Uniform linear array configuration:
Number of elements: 48
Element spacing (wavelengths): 0.25
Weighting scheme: hamming
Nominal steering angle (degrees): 60
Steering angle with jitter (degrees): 58.441
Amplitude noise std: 0.05
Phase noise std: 0.05

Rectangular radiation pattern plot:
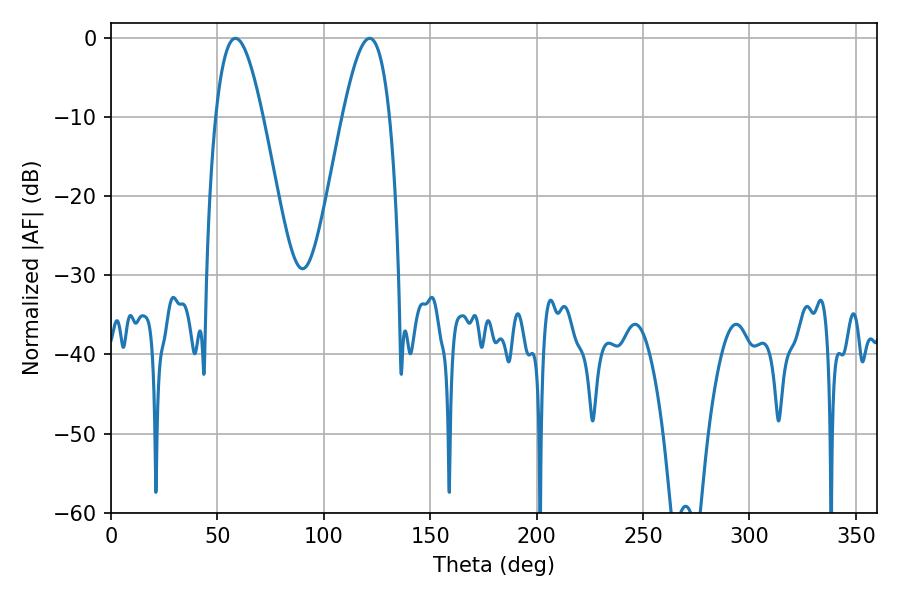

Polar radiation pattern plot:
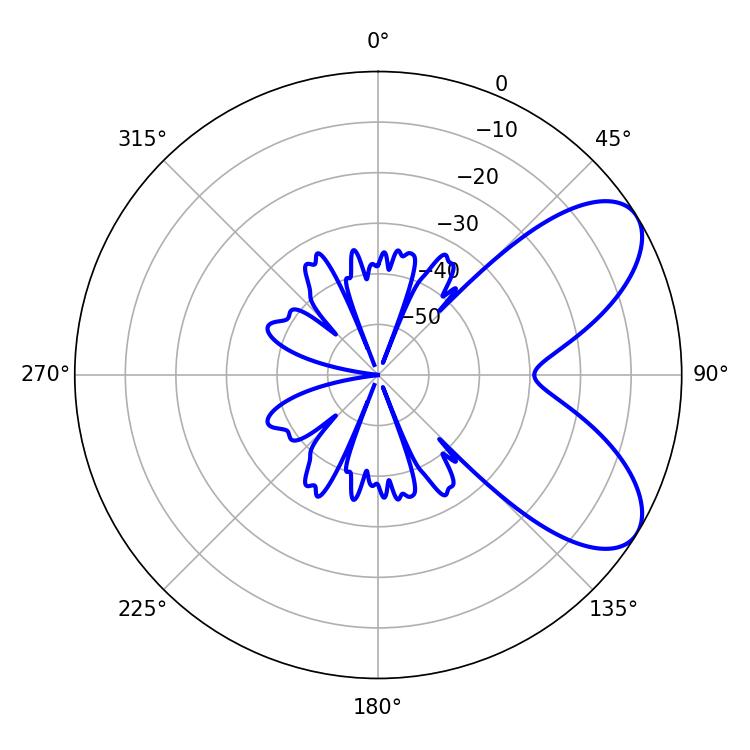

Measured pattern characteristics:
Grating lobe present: FALSE
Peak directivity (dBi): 7.083
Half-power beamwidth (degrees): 11.88
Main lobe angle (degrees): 58.5